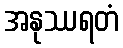
အနုဿရတံ